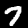
Label: 7